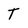
Character: T